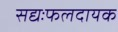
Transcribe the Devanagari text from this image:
सद्यःफलदायक